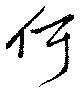
何